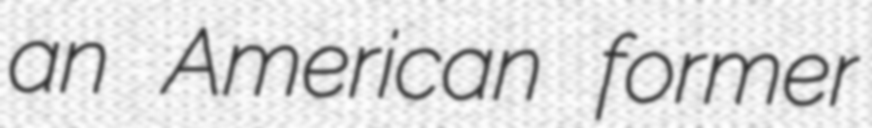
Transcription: an American former